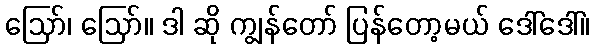
ဪ၊ ဪ။ ဒါ ဆို ကျွန်တော် ပြန်တော့မယ် ဒေါ်ဒေါ်။